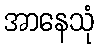
အာနေသုံ